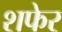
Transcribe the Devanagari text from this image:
शफेर